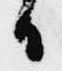
日